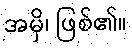
အမှိ၊ ဖြစ်၏။